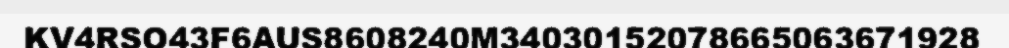
KV4RSO43F6AUS8608240M34030152078665063671928